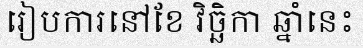
រៀបការនៅខែ វិច្ឆិកា ឆ្នាំនេះ